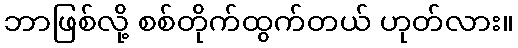
ဘာဖြစ်လို့ စစ်တိုက်ထွက်တယ် ဟုတ်လား။